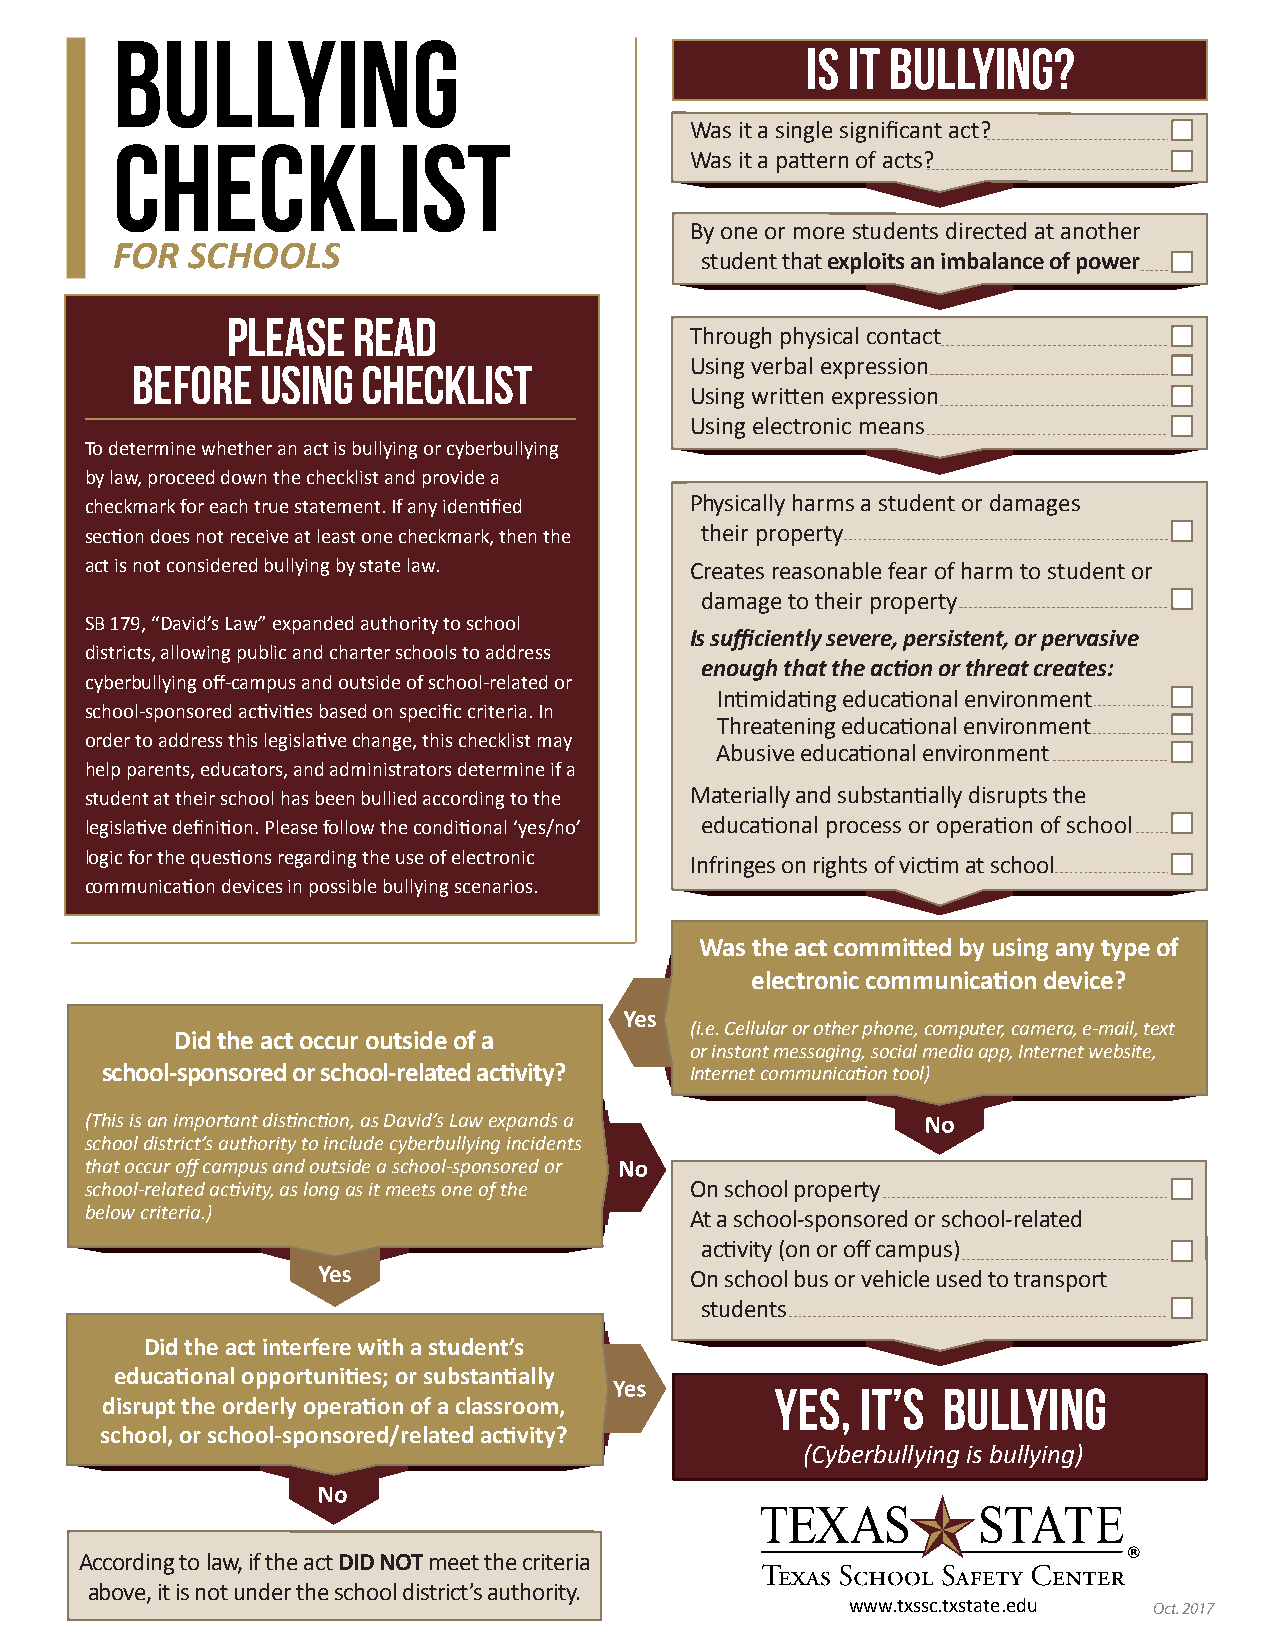
BULLYING
 is it Bullying?
 Was it a single significant act?
 CHECKLIST
 Was it a pattern of acts?
 By one or more students directed at another
 FOR  SCHOOLS
 student that exploits an imbalance of power
 PLEASE  READ
 Through physical contact
 BEFORE  USING  CHECKLIST             Using verbal expression
 Using written expression
 Using electronic means
 To determine whether an act is bullying or cyberbullying
 by law, proceed down the checklist and provide a
 checkmark for each true statement. If any identified Physically harms a student or damages
 section does not receive at least one checkmark, then the their property
 act is not considered bullying by state law. Creates reasonable fear of harm to student or
 damage to their property
 SB 179, “David’s Law” expanded authority to school
 Is sufficiently severe, persistent, or pervasive
 districts, allowing public and charter schools to address
 enough that the action or threat creates:
 cyberbullying off-campus and outside of school-related or
 Intimidating educational environment
 school-sponsored activities based on specific criteria. In
 Threatening educational environment
 order to address this legislative change, this checklist may
 Abusive educational environment
 help parents, educators, and administrators determine if a
 student at their school has been bullied according to the Materially and substantially disrupts the
 legislative definition. Please follow the conditional ‘yes/no’ educational process or operation of school
 logic for the questions regarding the use of electronic
 Infringes on rights of victim at school
 communication devices in possible bullying scenarios.
 Was the act committed by using any type of
 electronic communication device?
 (i.e. Cellular or other phone, computer, camera, e-mail, text
 Did the act occur outside of a
 or instant messaging, social media app, Internet website,
 school-sponsored or school-related activity? Internet communication tool)
 (This is an important distinction, as David’s Law expands a
 school district’s authority to include cyberbullying incidents
 that occur off campus and outside a school-sponsored or
 school-related activity, as long as it meets one of the On school property
 below criteria.)                        At a school-sponsored or school-related
 activity (on or off campus)
 On school bus or vehicle used to transport
 students
 Did the act interfere with a student’s
 educational opportunities; or substantially
 Yes,  it’s Bullying
 disrupt the orderly operation of a classroom,
 school, or school-sponsored/related activity?
 (Cyberbullying is bullying)
 According to law, if the act DID NOT meet the criteria
 above, it is not under the school district’s authority.
 www.txssc.txstate.edu Oct. 2017